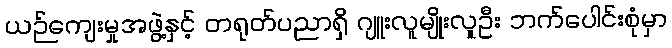
ယဉ်ကျေးမှုအဖွဲ့နှင့် တရုတ်ပညာရှိ ဂျူးလူမျိုးလူဦး ဘက်ပေါင်းစုံမှာ